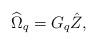
LaTeX: \begin{align*}\widehat{\Omega}_q= G_q\hat{Z},\end{align*}